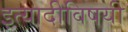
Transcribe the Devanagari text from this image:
इत्यादीविषयी